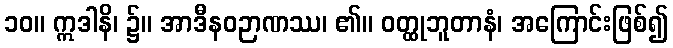
၁၀။ ဣဒါနိ၊ ၌။ အာဒီနဝဉာဏဿ၊ ၏။ ဝတ္ထုဘူတာနံ၊ အကြောင်းဖြစ်၍